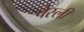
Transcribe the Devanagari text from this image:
पेस्ली